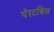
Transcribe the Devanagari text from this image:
पॅरटबिल